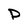
Character: P